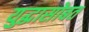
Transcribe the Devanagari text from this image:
युद्धासोबत